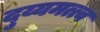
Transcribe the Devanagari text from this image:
दुय्यमत्त्व